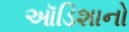
ઑડિશાનો